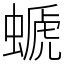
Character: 螔